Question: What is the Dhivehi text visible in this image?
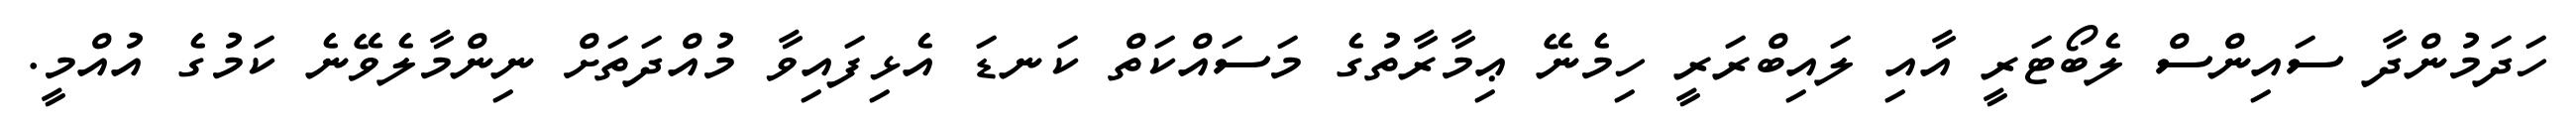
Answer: ހަދަމުންދާ ސައިންސް ލެބޯޓަރީ އާއި ލައިބްރަރީ ހިމެނޭ ޢިމާރާތުގެ މަސައްކަތް ކަނޑަ އެޅިފައިވާ މުއްދަތަށް ނިންމާލެވޭނެ ކަމުގެ އުއްމީ.